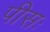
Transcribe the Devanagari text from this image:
पीसः